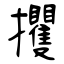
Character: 攫